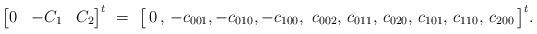
LaTeX: \begin{align*} \begin{bmatrix} 0 & -C_1 & C_2 \end{bmatrix}^t \,\,=\,\, \bigl[\,0 \,,\,-c_{001},-c_{010},-c_{100},\,\,c_{002},\,c_{011},\,c_{020},\,c_{101},\,c_{110},\,c_{200}\, \bigr]^t . \end{align*}